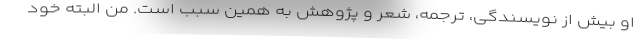
او بیش از نویسندگی، ترجمه، شعر و پژوهش به همین سبب است. من البته خود